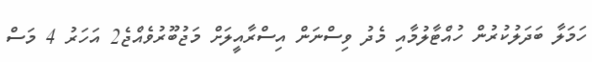
ހަމަލާ ބަދަލުކުރުން ހުއްޓާލުމާއި މެދު ވިސްނަން އިސްރާއީލަށް މަޖުބޫރުވެއްޖެ2 އަހަރު 4 މަސް